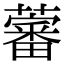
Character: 𧀯